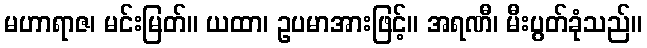
မဟာရာဇ၊ မင်းမြတ်။ ယထာ၊ ဥပမာအားဖြင့်။ အရဏီ၊ မီးပွတ်ခုံသည်။